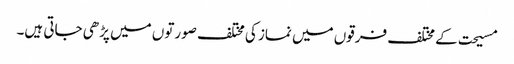
مسیحت کے مختلف فرقوں میں نماز کی مختلف صورتوں میں پڑھی جاتی ہیں۔